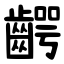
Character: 齶